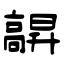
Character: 髜